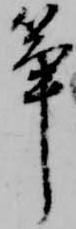
筝